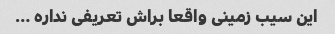
این سیب زمینی واقعا براش تعریفی نداره …